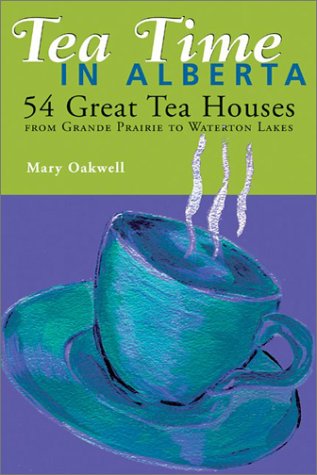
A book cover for Tea Time in Alberta: 54 Great Tea Houses from Grande Prairie to Waterton Lakes; Mary Oakwell; Cookbooks, Food & Wine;